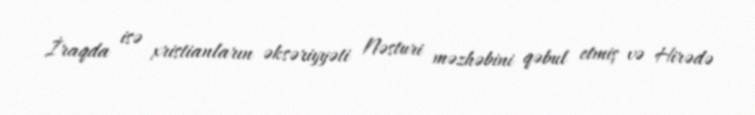
İraqda isə xristianların əksəriyyəti Nəsturi məzhəbini qəbul etmiş və Hirədə